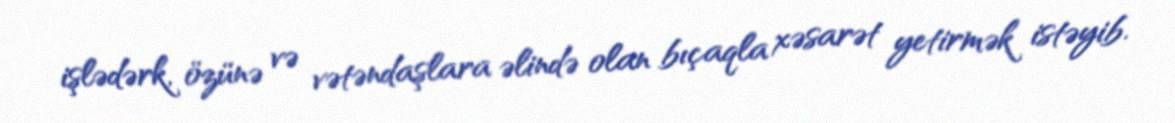
işlədərk, özünə və vətəndaşlara əlində olan bıçaqla xəsarət yetirmək istəyib.